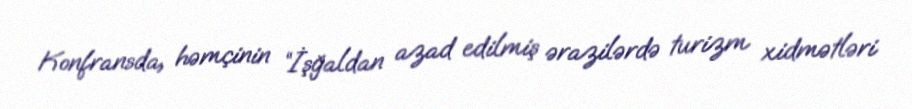
Konfransda, həmçinin “İşğaldan azad edilmiş ərazilərdə turizm xidmətləri